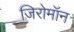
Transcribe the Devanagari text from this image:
जिरोमॉन